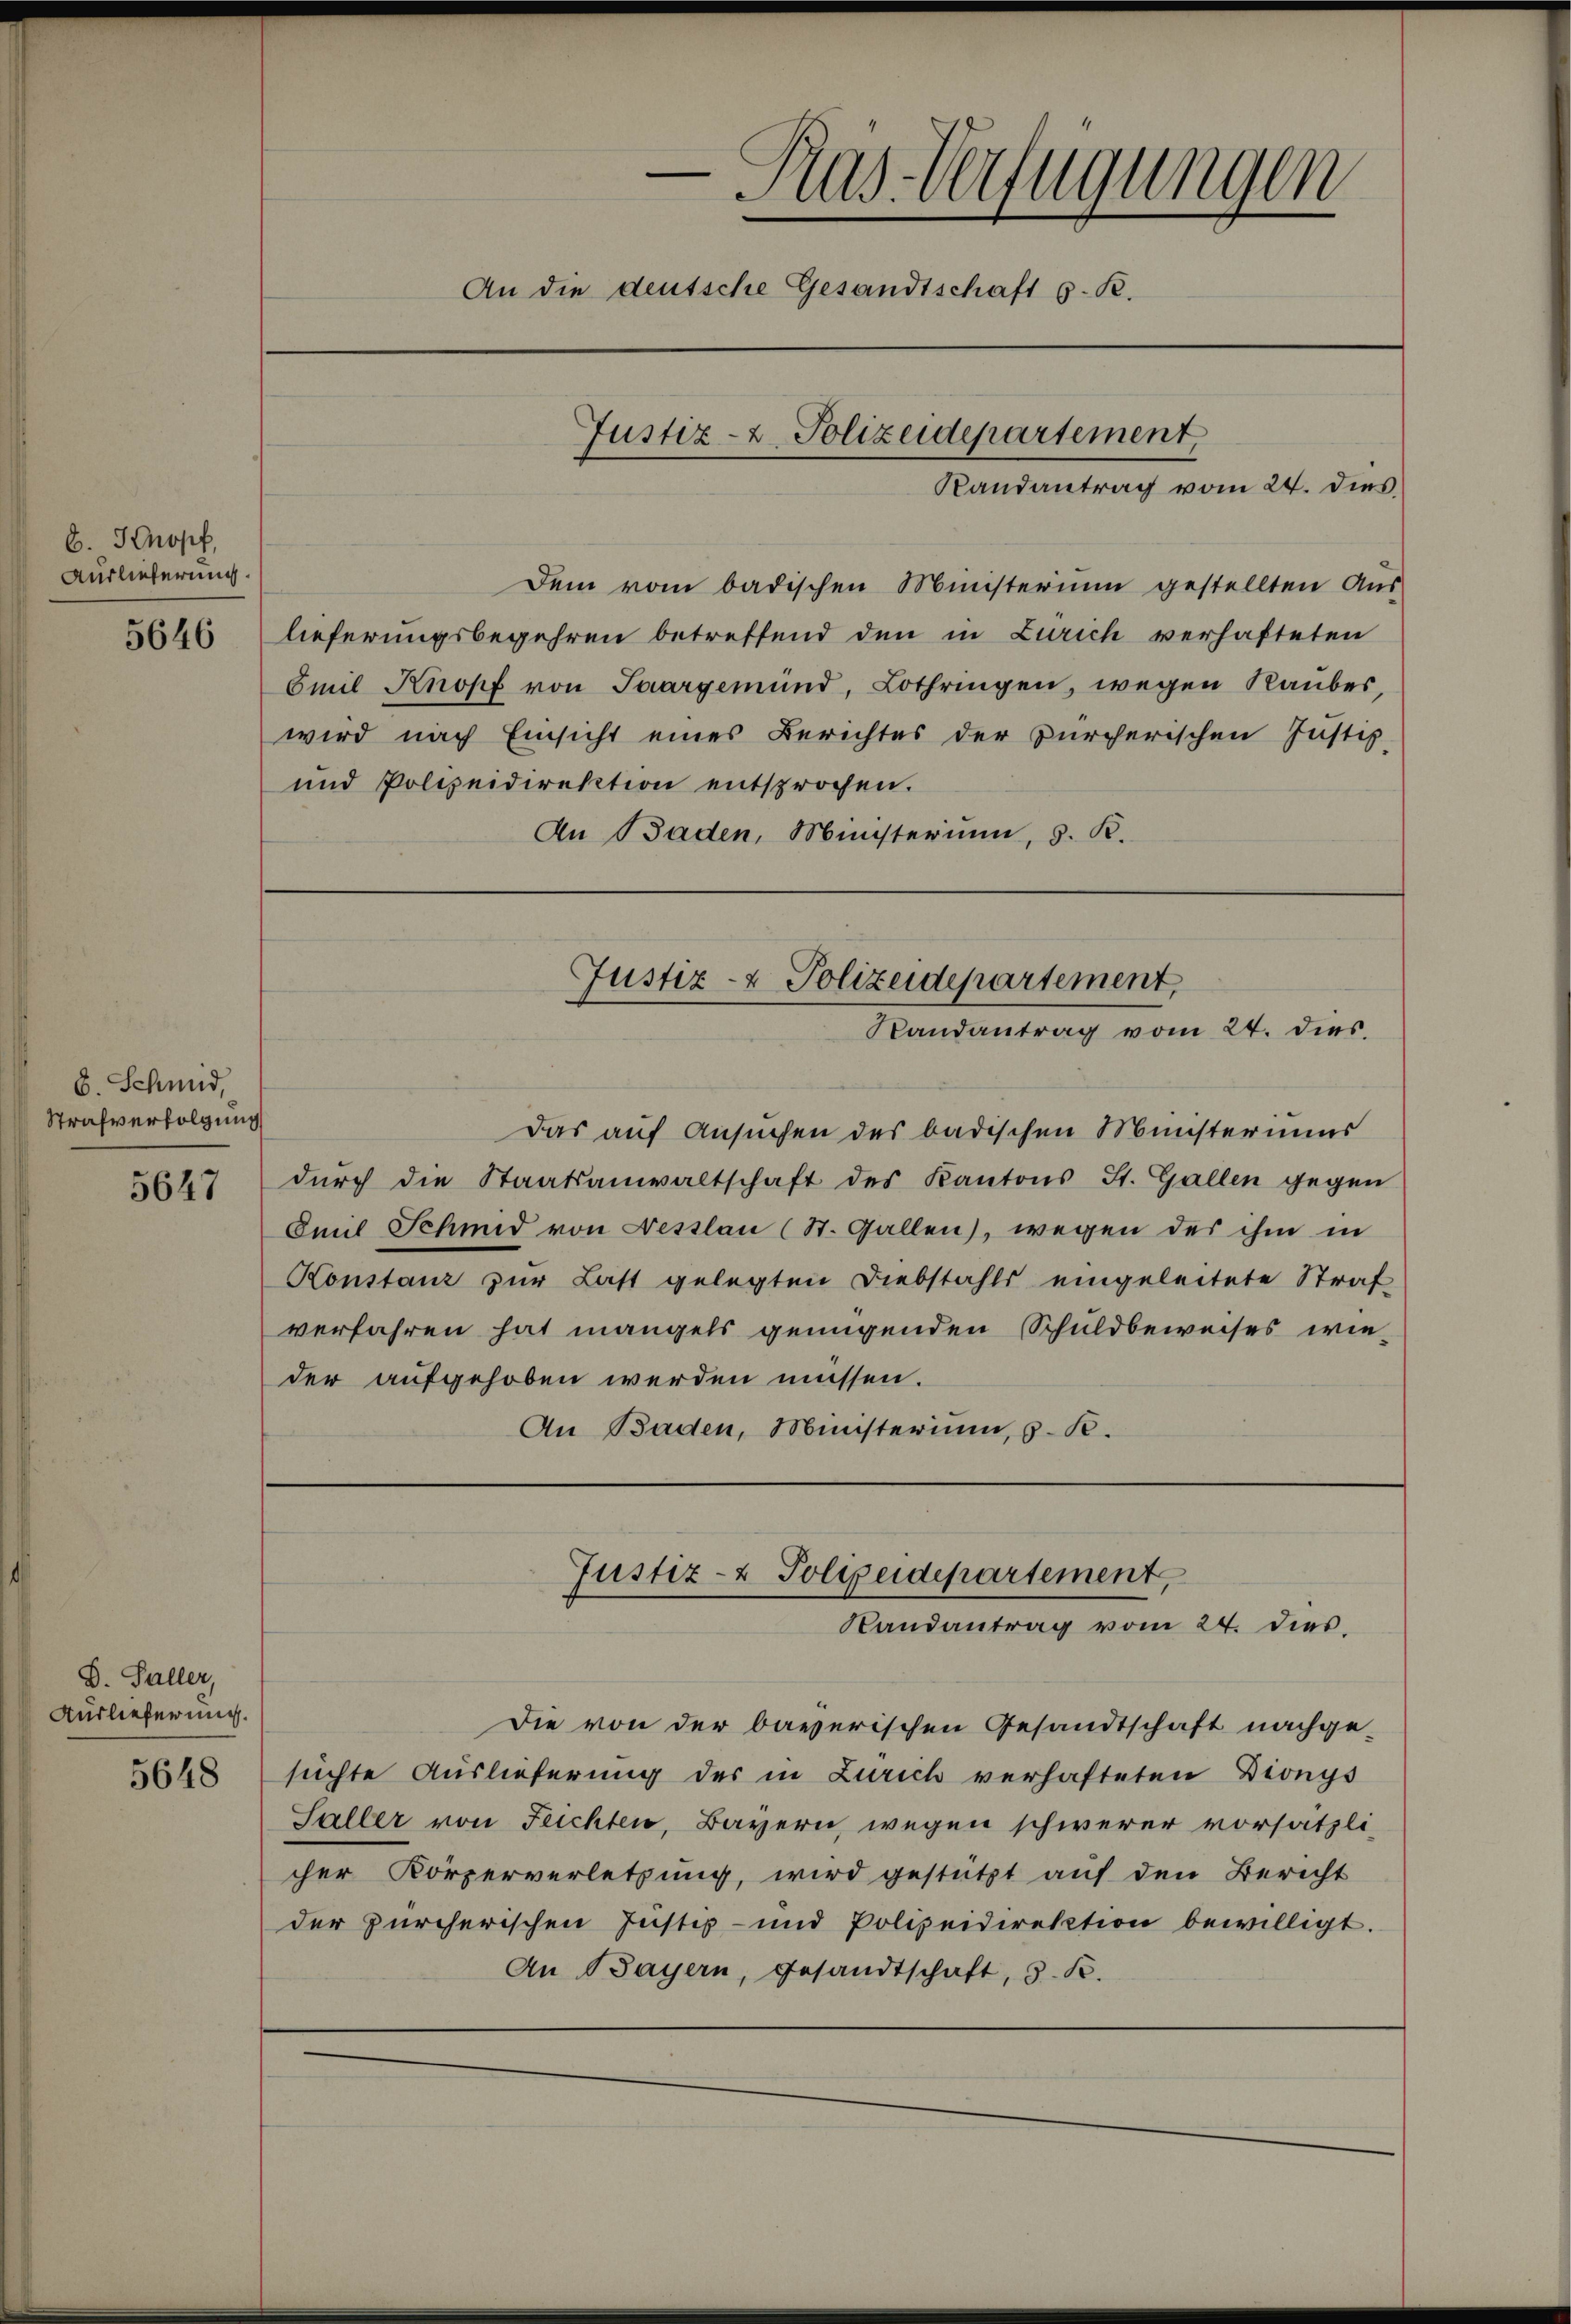
C. Knopf
Auslieferung.

5646

b. Schmid,
Strafverfolgung

5647

D. Faller,
Auslieferung.
5648

Dem vom badischen Ministerium gestellten Aŭs-
lieferungsbegehren betreffend den in Zürich verhafteten
Emil Knopf von Saargemünd, Lothringen, wegen Raubes,
wird nach Einsicht eines Berichtes der zürcherischen Justiz-
und Polizeidirektion entsprochen.
An Baden, Münsterium, 3. K.

Das auf Ansuchen des badischen Ministeriums
dŭrch die Staatsanwaltschaft des Kantons St. Gallen gegen
Omil Schmid von Nesslau (St. Gallen, wegen der ihm in
Konstanz zur Last gelegten Diebstahls eingeleitete Straf
verfahren hat mangels genügenden Schuldbeweises wieder aufgehoben werden müssen.
An Baden, Ministerium, z. B.

Die von der baverischen Gesandtschaft nachge-
suchte Auslieferung der in Zürich verhafteten Dionys
Saller von Feichten, Bayern, wegen schwerer vorsätzli-
cher Körperverletzung, wird gestützt auf den Bericht
der zürcherischen Justiz- und Polizeidirektion bewilligt.
An Bayern, Gesandtschaft, d. R.

e
Ras-Verfügungen
An die deutsche Gesandtschaft s. R.
Justiz- & Polizeidepartement
Randantrag vom 24. dies

Justiz- & Polizeidepartement,
Randantrag vom 24. dies.

Justiz- & Polizeidepartement,
Randantrag vom 24. dies